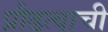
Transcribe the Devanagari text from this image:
प्रौढत्वाची